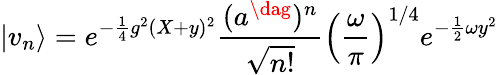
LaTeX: \vert v_{n}\rangle=e^{-{\frac{1}{4}}g^{2}(X+y)^{2}}{\frac{(a^{\dag})^{n}}{\sqrt{n!}}}\Big({\frac{\omega}{\pi}}\Big)^{1/4}e^{-{\frac{1}{2}}\omega y^{2}}